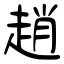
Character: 趙